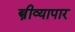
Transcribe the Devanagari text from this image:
स्त्रीव्यापार